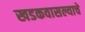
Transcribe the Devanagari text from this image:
खडकवासल्याचे